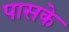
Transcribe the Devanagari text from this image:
पासके